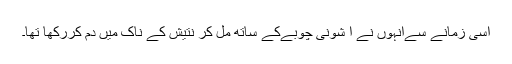
اسی زمانے سےانہوں نے ا شونی چوبےکے ساتھ مل کر نتیش کے ناک میں دم کررکھا تھا۔